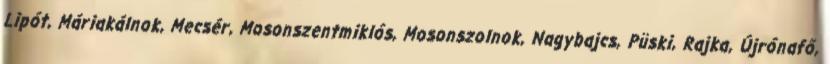
Lipót, Máriakálnok, Mecsér, Mosonszentmiklós, Mosonszolnok, Nagybajcs, Püski, Rajka, Újrónafő,